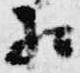
相